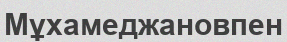
Мұхамеджановпен